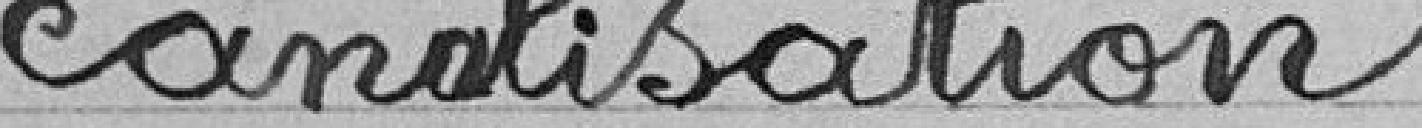
canalisation